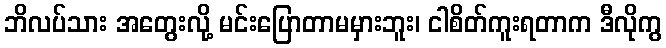
ဘိလပ်သား အတွေးလို့ မင်းပြောတာမမှားဘူး၊ ငါစိတ်ကူးရတာက ဒီလိုကွ